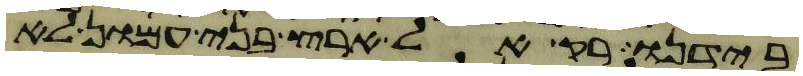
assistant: בידנו רק אל ארץ בני עמון לא